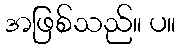
အဖြစ်သည်။ ပ။